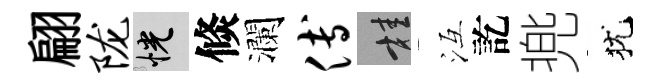
翩陇恍倐瀾傅桂冱訖兠犹